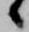
候